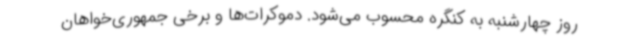
روز چهارشنبه به کنگره محسوب می‌شود. دموکرات‌ها و برخی جمهوری‌خواهان